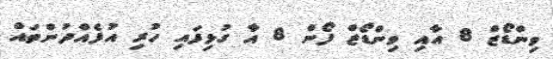
ވިންޑޯޒް 8 އާއި ވިންޑޯޒް ފޯން 8 އާ ގުޅިފައި ހުރި އުފެއްދުންތައް